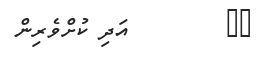
٨٢        އަދި ކުށްވެރިން